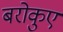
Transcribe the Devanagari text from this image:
बरोकुए